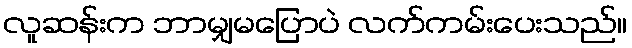
လူဆန်းက ဘာမျှမပြောပဲ လက်ကမ်းပေးသည်။